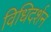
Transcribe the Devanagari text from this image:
विधिदर्शन